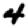
Digit: 4